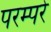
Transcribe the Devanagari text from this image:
परम्परे